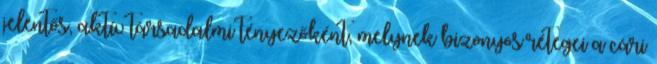
jelentős, aktív társadalmi tényezőként, melynek bizonyos rétegei a cári